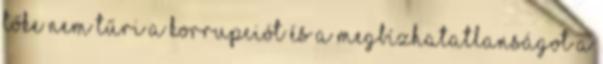
tőke nem tűri a korrupciót és a megbízhatatlanságot A